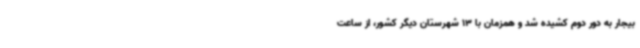
بیجار به دور دوم کشیده شد و همزمان با 13 شهرستان دیگر کشور، از ساعت